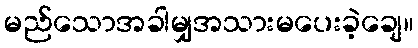
မည်သောအခါမျှအသားမပေးခဲ့ချေ။